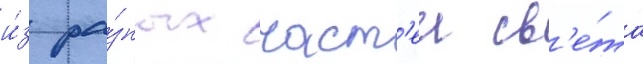
и́з ра́зных част'еи св'е́та